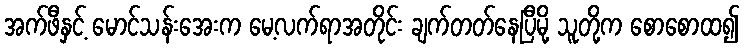
အက်ဖီနှင့် မောင်သန်းအေးက မေ့လက်ရာအတိုင်း ချက်တတ်နေပြီမို့ သူတို့က စောစောထ၍